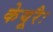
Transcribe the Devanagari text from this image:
केयूरैः